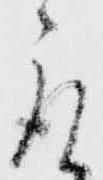
取